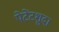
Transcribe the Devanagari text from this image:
पेटेंटशुदा